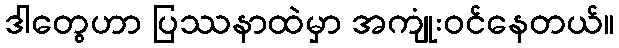
ဒါတွေဟာ ပြဿနာထဲမှာ အကျုံးဝင်နေတယ်။